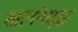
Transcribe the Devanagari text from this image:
खाननेसुद्धा